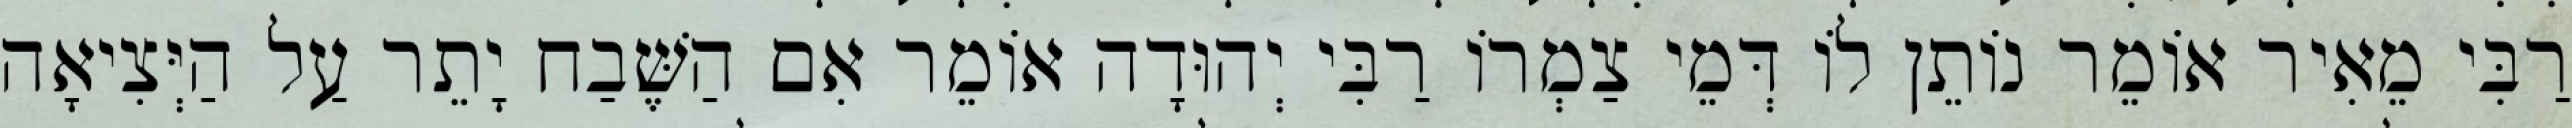
רַבִּי מֵאִיר אוֹמֵר נוֹתֵן לוֹ דְּמֵי צַמְרוֹ רַבִּי יְהוּדָה אוֹמֵר אִם הַשֶּׁבַח יָתֵר עַל הַיְּצִיאָה